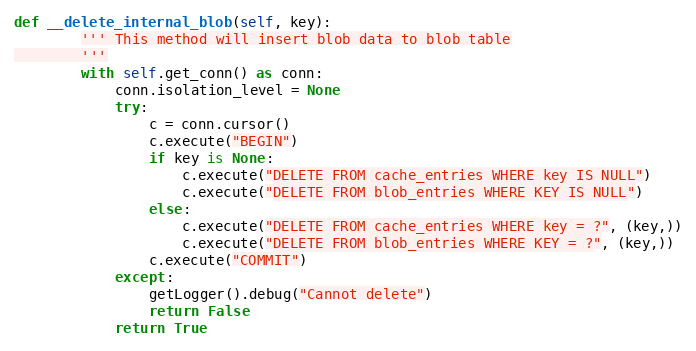
Language: Python
def __delete_internal_blob(self, key):
        ''' This method will insert blob data to blob table
        '''
        with self.get_conn() as conn:
            conn.isolation_level = None
            try:
                c = conn.cursor()
                c.execute("BEGIN")
                if key is None:
                    c.execute("DELETE FROM cache_entries WHERE key IS NULL")
                    c.execute("DELETE FROM blob_entries WHERE KEY IS NULL")
                else:
                    c.execute("DELETE FROM cache_entries WHERE key = ?", (key,))
                    c.execute("DELETE FROM blob_entries WHERE KEY = ?", (key,))
                c.execute("COMMIT")
            except:
                getLogger().debug("Cannot delete")
                return False
            return True